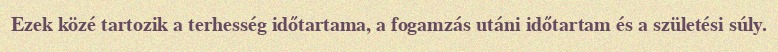
Ezek közé tartozik a terhesség időtartama, a fogamzás utáni időtartam és a születési súly.